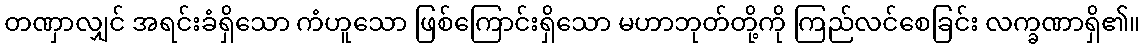
တဏှာလျှင် အရင်းခံရှိသော ကံဟူသော ဖြစ်ကြောင်းရှိသော မဟာဘုတ်တို့ကို ကြည်လင်စေခြင်း လက္ခဏာရှိ၏။